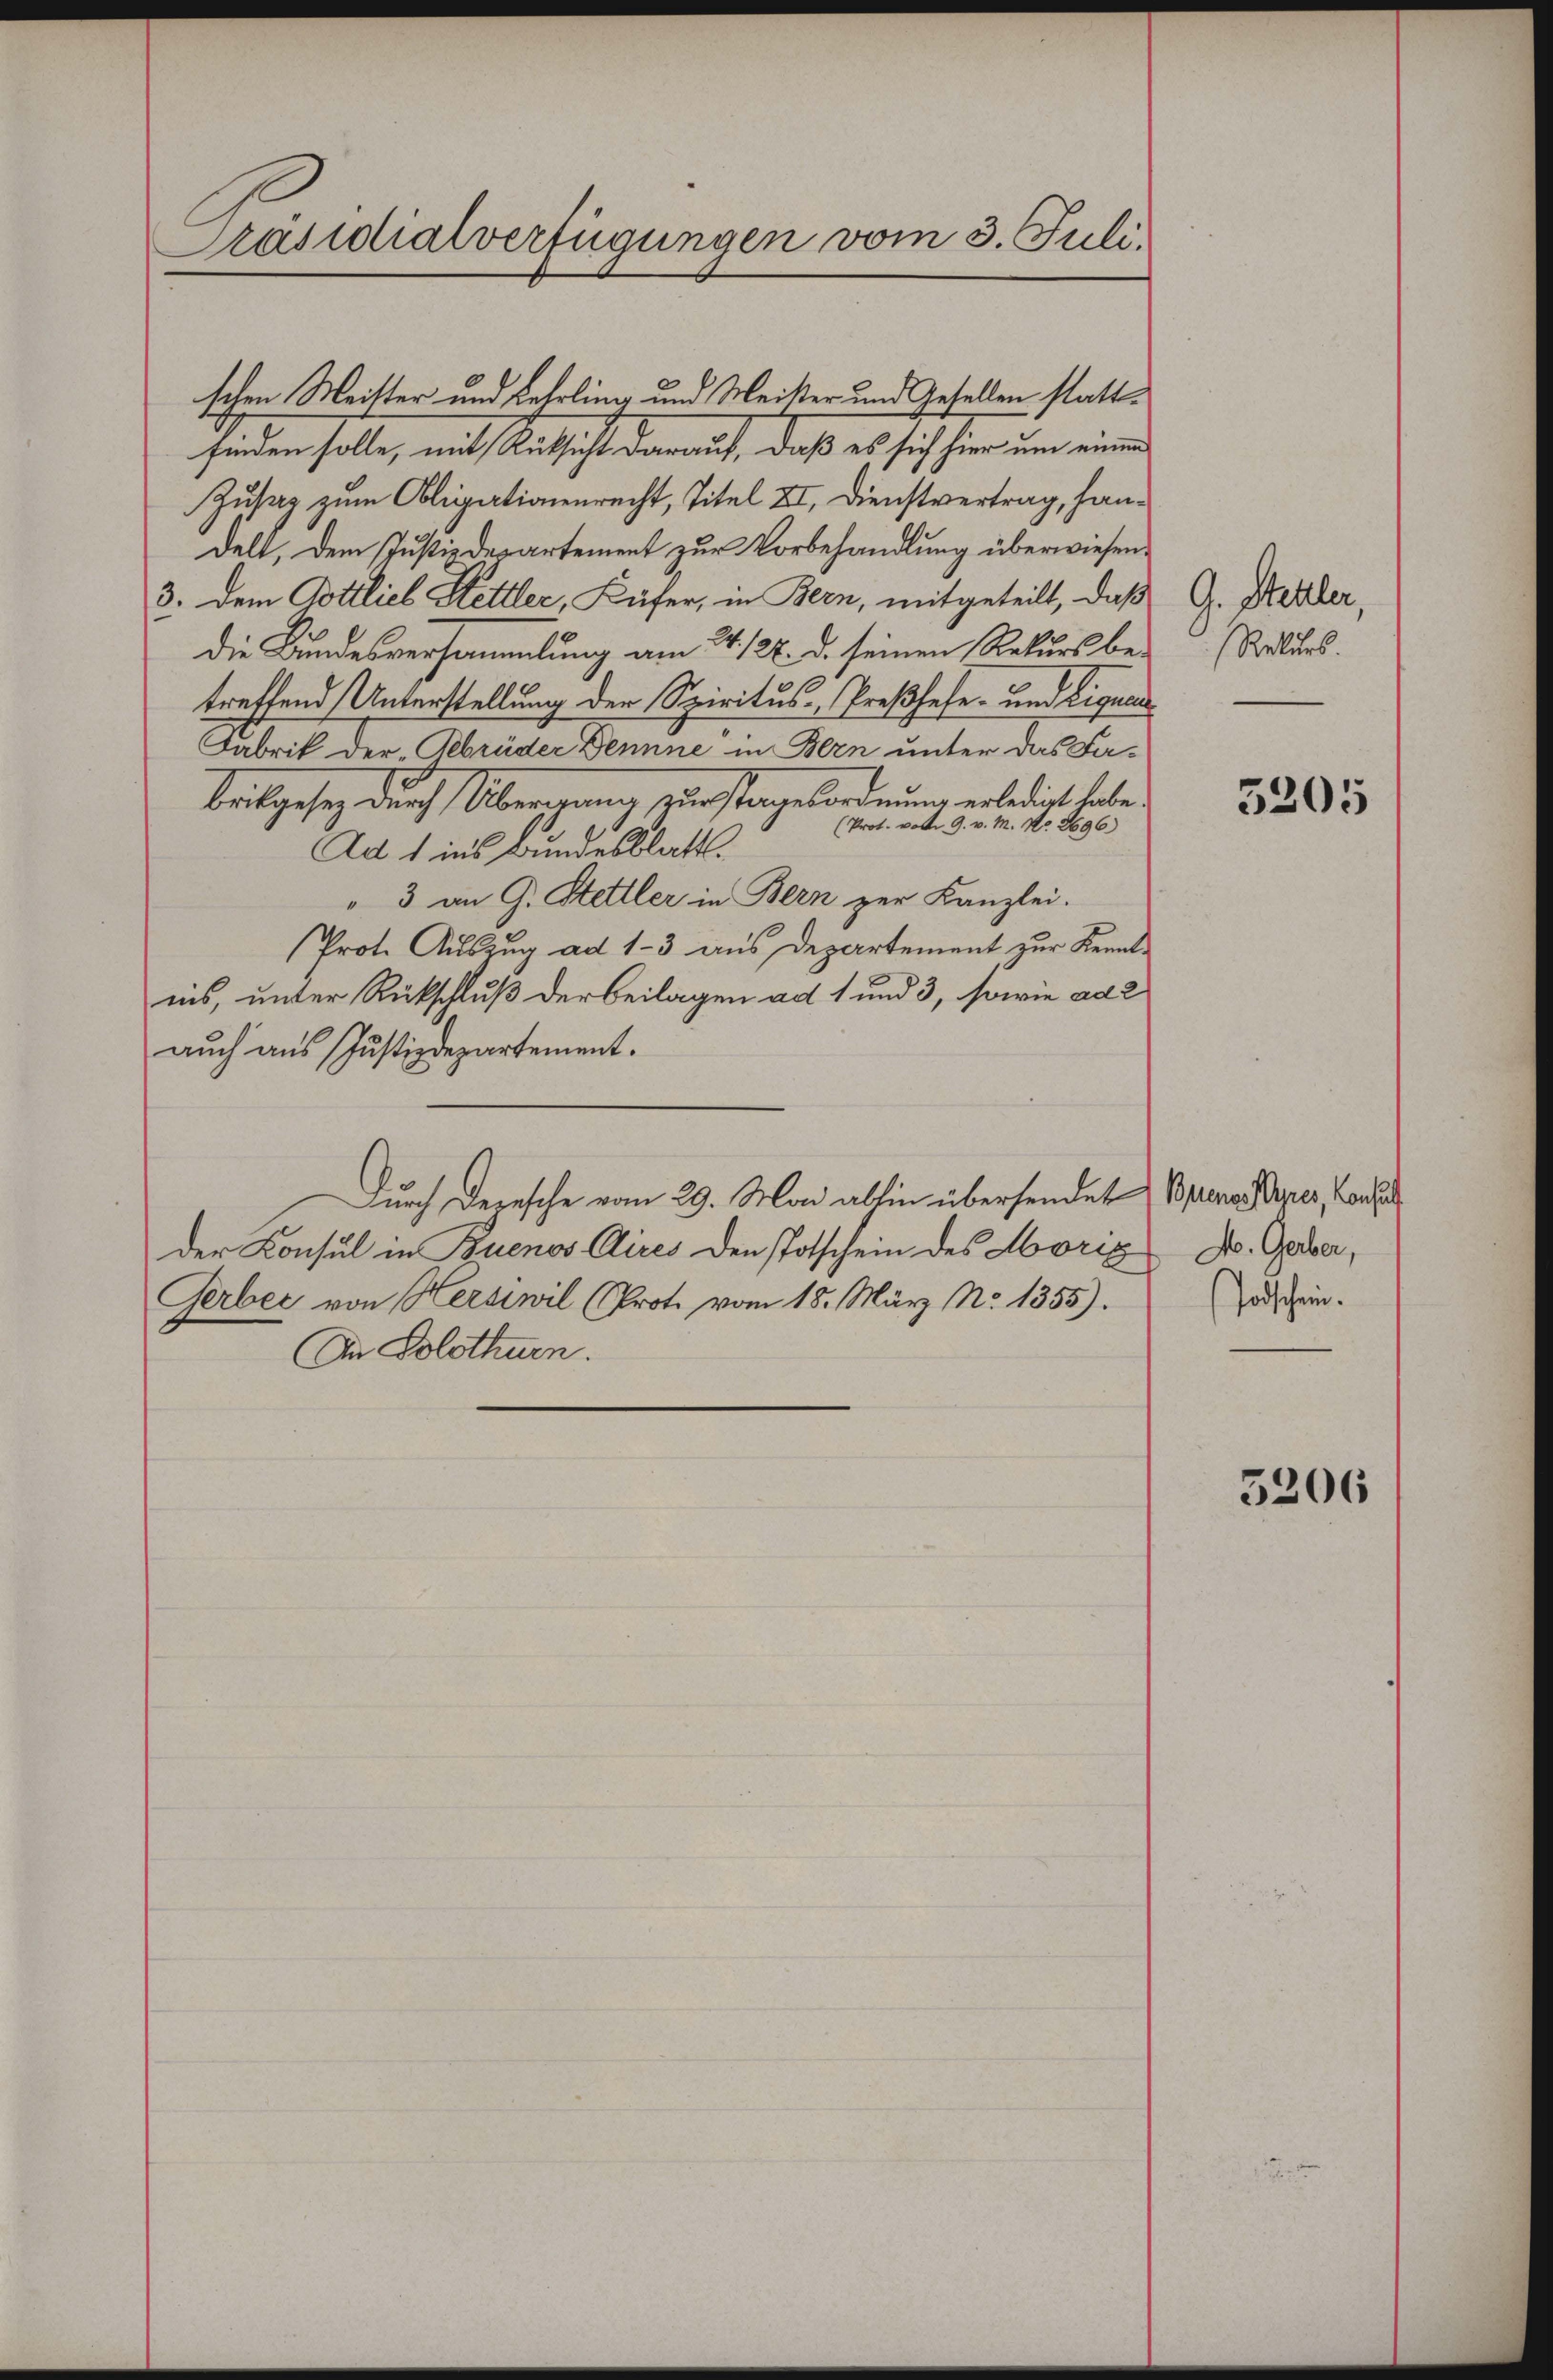
schen Meister und Lehrling und Meister und Gesellen stattfinden solle, mit Rüksicht darauf, daß es sich hier um einen
Zusag zum Obligationenrecht, Titel II. Dienstvertrag, handelt, dem Justizdepartement zur Vorbehandlung überwiesen.
3. Dem Gottlieb Hettler, Küfer, in Bern, mitgeteilt, daß
die Bundesversammlung am 4./27. d. seinen Rekurs be-
treffend Unterstellung der Spiritus Preßhefe- und Liquar
Fabrik der Gebrüder Dennne in Bern unter das Fa¬
Beilgesez durch Übernung zurstagesordnung erledigt habe.
(Prot. vom 9. v. M. No. 2696)
Ad 1 ins Bundesblatt.
" 3 an G. Stettler in Bern zur Kanzlei.
Prot. Auszug ad 1-3 aus Departement zur Kenntins, unter Rückschluß der Beilagen ad 1 und 3, sowie ad 2
auch aus Justizdepartement.
Durch deresche vom 29. Man allen übersendet Bpenes Piper, Lausa
Der Konsul in Buenos Aires den Totschein des Hörig Dr. Geber,
Gerber von Herswil (Prote vom 18. März No. 1355).
An Solothurn.

Präsidialverfügungen vom 3. Juli.

G. Steller,
Rekurs.

5205

Todschein.

5206